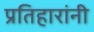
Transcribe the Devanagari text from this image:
प्रतिहारांनी